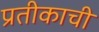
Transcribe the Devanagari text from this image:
प्रतीकाची